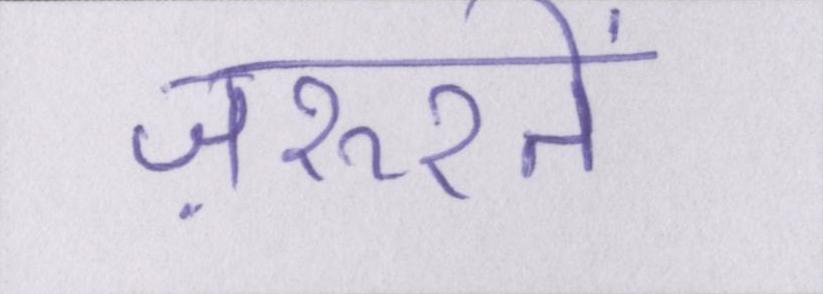
ज़रूरतें